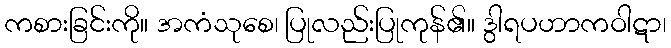
ကစားခြင်းကို။ အကံသုစေ၊ ပြုလည်းပြုကုန်၏။ ဒွါရပဟာကဝါဋာ၊